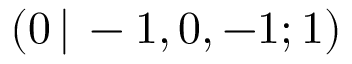
( 0 \, | \, - 1 , 0 , - 1 ; 1 )